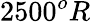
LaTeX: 2500^{o}R